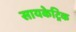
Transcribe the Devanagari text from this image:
सायकेट्रिक